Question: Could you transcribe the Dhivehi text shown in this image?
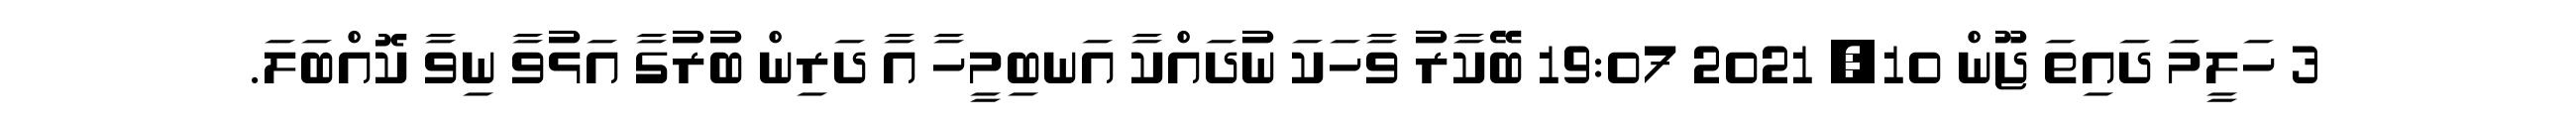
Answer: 3 ހަލީމަ ދައިތަ ޖޫން 10, 2021 19:07 ބޭކާރު ވާހަކަ ނުދައްކާ އަނބިމީހާ އާ ދަރިން ބުރުގާ އަޅުވާ ނިވާ ކޮއްބަލަ.